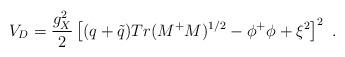
LaTeX: \begin{align*}V_D = {g_X^2 \over 2} \left[ (q + {\tilde q}) Tr (M^+ M)^{1/2}- \phi^+ \phi + \xi^2 \right]^2 \ . \end{align*}